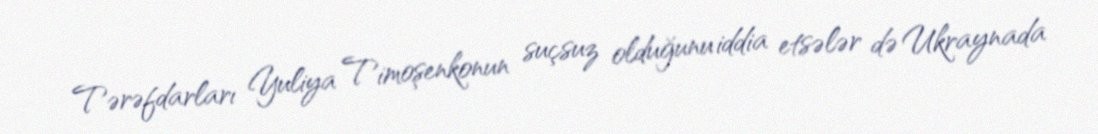
Tərəfdarları Yuliya Timoşenkonun suçsuz olduğunu iddia etsələr də Ukraynada